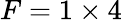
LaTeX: F=1\times 4